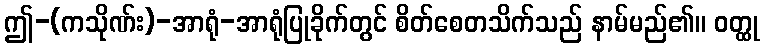
ဤ-(ကသိုဏ်း)-အာရုံ-အာရုံပြုခိုက်တွင် စိတ်စေတသိက်သည် နာမ်မည်၏။ ဝတ္ထု